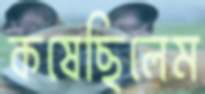
কষেছিলেম